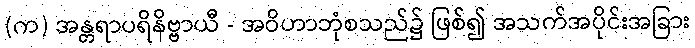
(က) အန္တရာပရိနိဗ္ဗာယီ - အဝိဟာဘုံစသည်၌ ဖြစ်၍ အသက်အပိုင်းအခြား